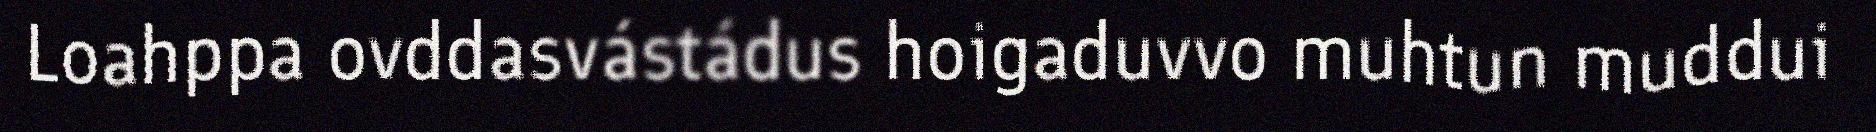
Loahppa ovddasvástádus hoigaduvvo muhtun muddui